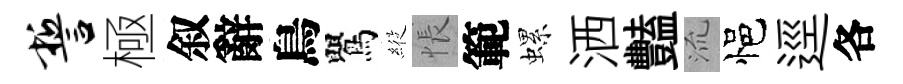
誓極叙辭鳥鸎𦂵悵範螺洒豔𣴑悒逕各